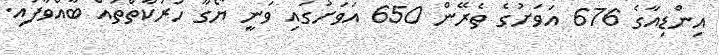
އިންޑިއާގެ 676 އަވަށުގެ ތެރޭން 650 އަވަށުގައި ވަނީ ޔޯގާ ހަރަކާތްތައް ބާއްވާފައި.